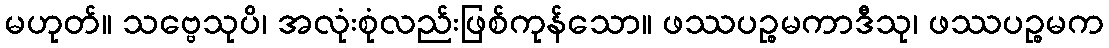
မဟုတ်။ သဗ္ဗေသုပိ၊ အလုံးစုံလည်းဖြစ်ကုန်သော။ ဖဿပဉ္စမကာဒီသု၊ ဖဿပဉ္စမက